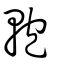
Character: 軳